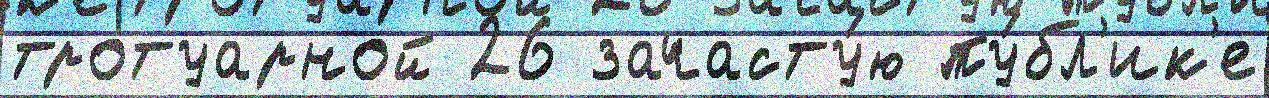
тротуарной 26 зачасту́ю пу́бл'ик'е